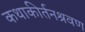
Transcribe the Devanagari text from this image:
कथाकीर्तनश्रवण